Riigikantselei, lk 72
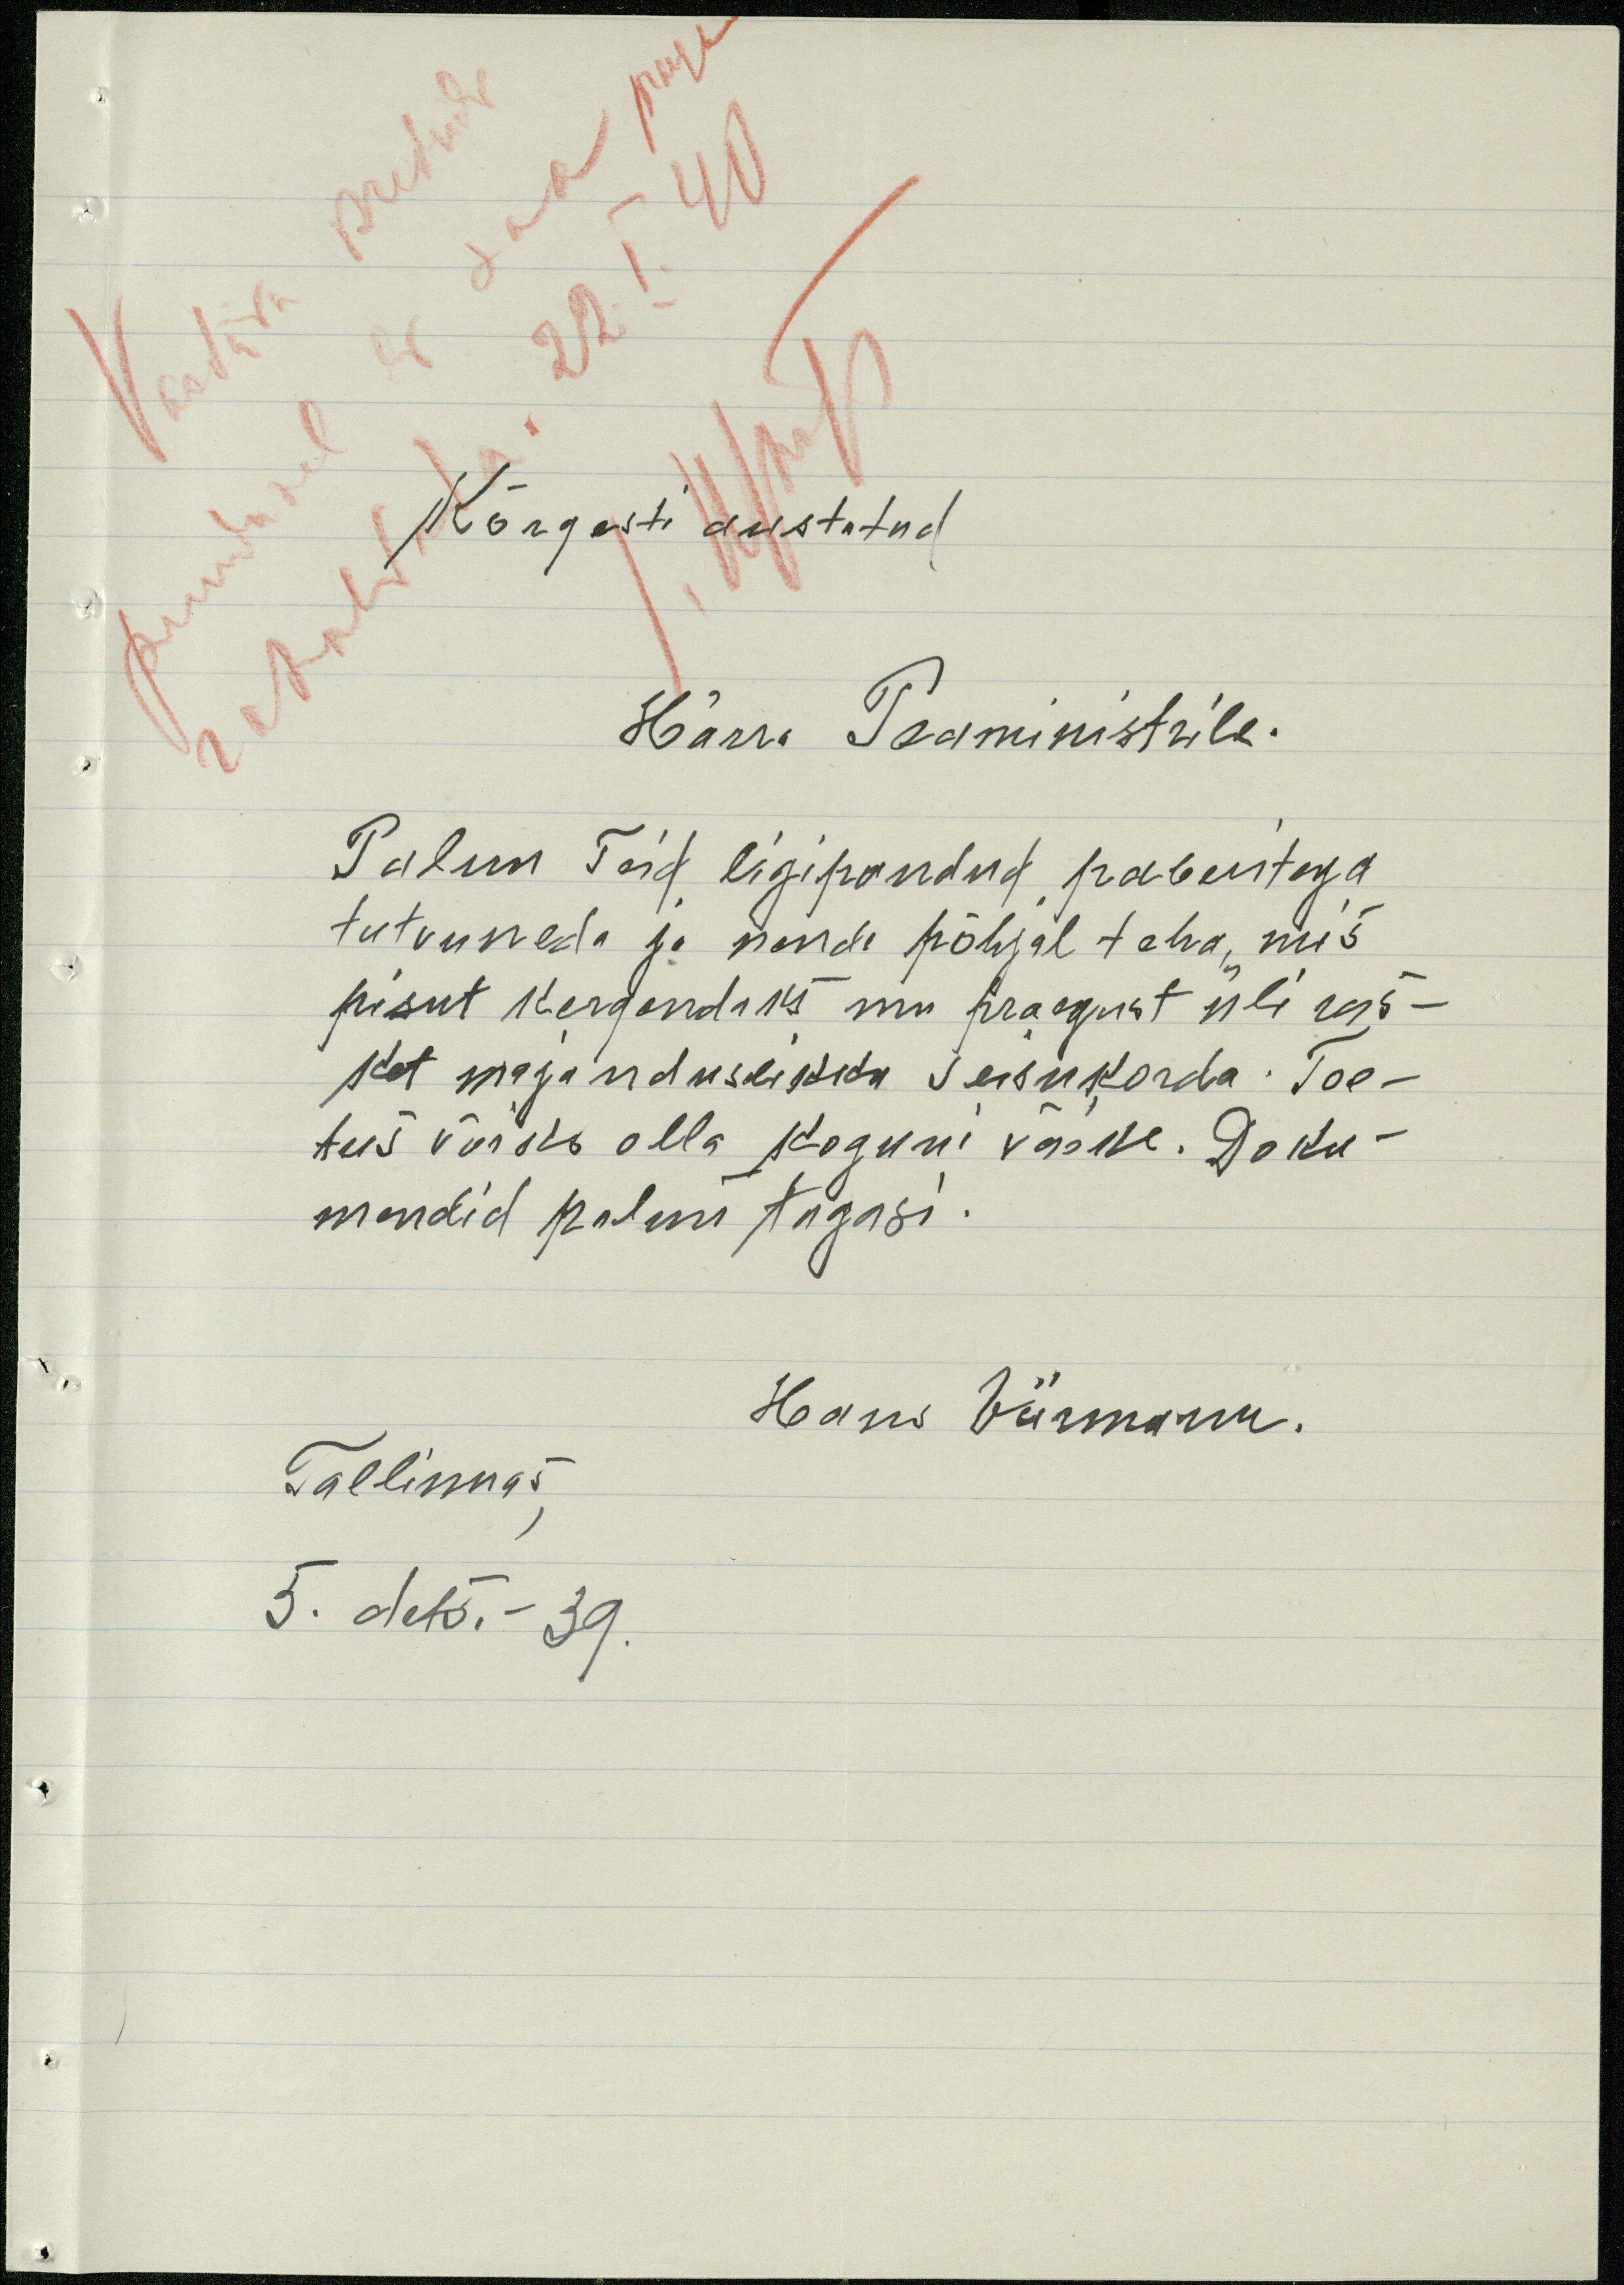
Kõrgesti austatud
Härra Peaministrile.
Palun Teid ligipandud paberitega
tutvuneda ja nende põhjal teha, mis
pisut kergandaks mu praegust üli ras-
ket majanduslikku seisukorda. Toe-
tus võiks olla koguni väike. Doku-
mendid palun tagasi.
Hoans Viirmann.
Tallinnas
5. dets. - 39.